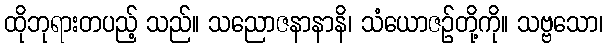
ထိုဘုရားတပည့် သည်။ သညောဇနာနာနိ၊ သံယောဇဉ်တို့ကို။ သဗ္ဗသော၊